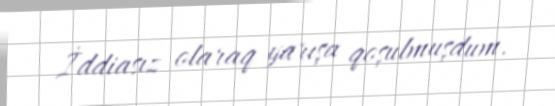
İddiasız olaraq yarışa qoşulmuşdum.